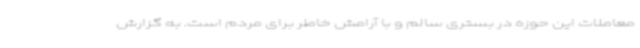
معاملات این حوزه در بستری سالم و با آرامش خاطر برای مردم است. به گزارش